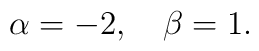
\alpha=-2,\quad \beta=1.